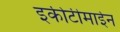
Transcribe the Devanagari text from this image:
इकीटीमाईन